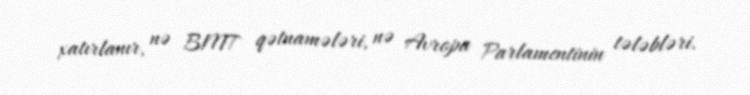
xatırlanır, nə BMT qətnamələri, nə Avropa Parlamentinin tələbləri.